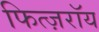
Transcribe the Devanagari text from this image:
फित्ज़रॉय